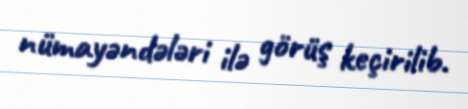
nümayəndələri ilə görüş keçirilib.